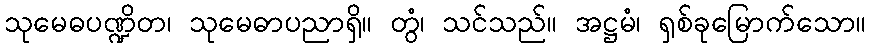
သုမေဓပဏ္ဍိတ၊ သုမေဓာပညာရှိ။ တွံ၊ သင်သည်။ အဋ္ဌမံ၊ ရှစ်ခုမြောက်သော။